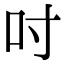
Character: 吋